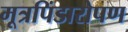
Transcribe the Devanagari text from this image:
मूत्रपिंडारोपण